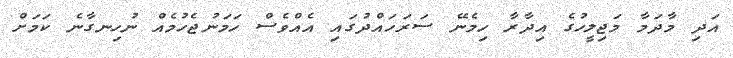
އަދި މާދަމާ މަޖިލީހުގެ އިދާރާ ހިމެނޭ ސަރަހައްދުގައި އެއްވެސް ހަމަނުޖެހުމެއް ނުހިނގާނެ ކަމަށް